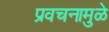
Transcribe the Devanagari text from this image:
प्रवचनामुळे